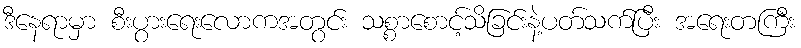
ဒီနေရာမှာ စီးပွားရေးလောကအတွင်း သစ္စာစောင့်သိခြင်းနဲ့ပတ်သက်ပြီး အရေးတကြီး